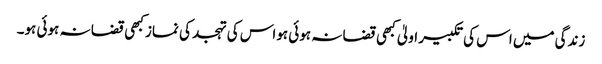
زندگی میں اس کی تکبیر اولیٰ کبھی قضا نہ ہوئی ہواس کی تہجد کی نماز کبھی قضا نہ ہوئی ہو۔